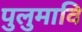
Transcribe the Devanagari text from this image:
पुलुमावि